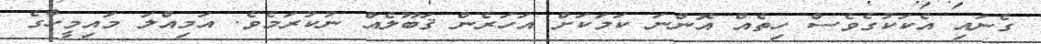
ގެނައި އެކަކުގެވެސް ހިތެއް އޮންނަ ކަމަކަށް އަހަރެން ޤަބޫލެއް ނުކުރަމެވެ. އަމިއްލަ މައިމީހާގެ